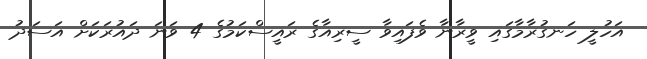
އަހުލީ ހަނގުރާމާގައި ވީރާނާ ވެފައިވާ ސީރިއާގެ ރައީސްކަމުގެ 4 ވަނަ ދައުރަކަށް އަސަދު